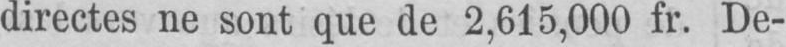
directes ne sont que de 2,615,000 fr. De-